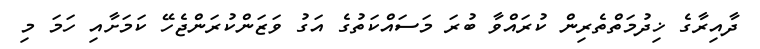
ދާއިރާގެ ޚިދުމަތްތެރިން ކުރައްވާ ބުރަ މަސައްކަތުގެ އަގު ވަޒަންކުރަންޖެހޭ ކަމަށާއި ހަމަ މި